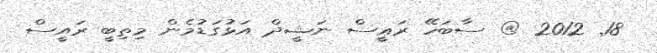
18